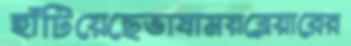
হাঁটিয়েছেভাষাময়ব্লেয়ারের